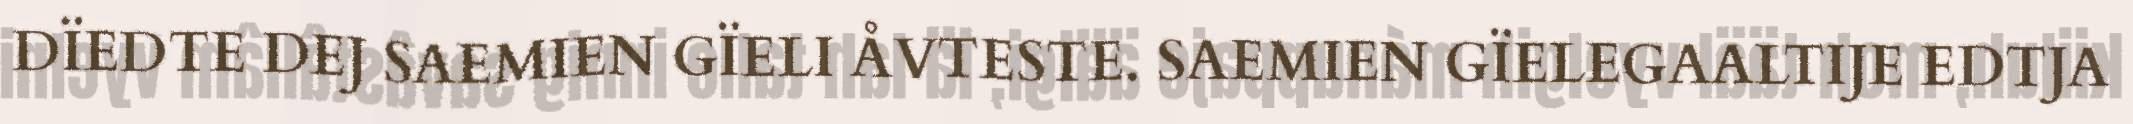
DÏEDTE DEJ SAEMIEN GÏELI ÅVTESTE. SAEMIEN GÏELEGAALTIJE EDTJA